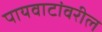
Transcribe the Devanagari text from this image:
पायवाटांवरील